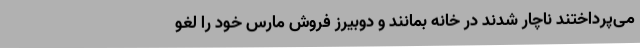
می‌پرداختند ناچار شدند در خانه بمانند و دوبیرز فروش مارس خود را لغو